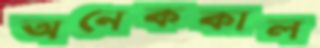
অনেককাল